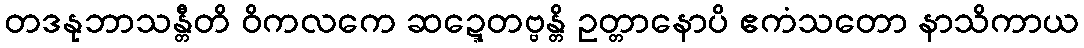
တဒနုဘာသန္တီတိ ဝိကလကေ ဆဍ္ဍေတဗ္ဗန္တိ ဥတ္တာနောပိ ဧကံသတော နာသိကာယ